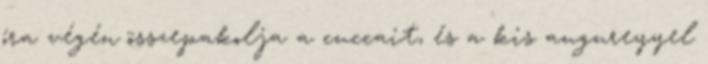
óra végén összepakolja a cuccait, és a kis augureyyel